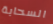
السحابة